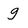
Character: g